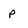
Character: p